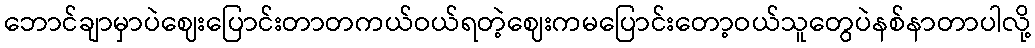
ဘောင်ချာမှာပဲဈေးပြောင်းတာတကယ်ဝယ်ရတဲ့ဈေးကမပြောင်းတော့ဝယ်သူတွေပဲနစ်နာတာပါလို့